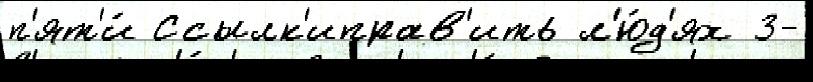
п'ят'и́ Ссылк'иправ'ить л'ю́д'ях 3-